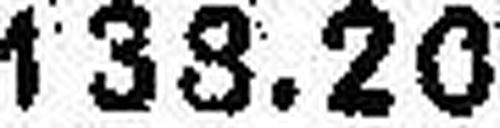
133.20